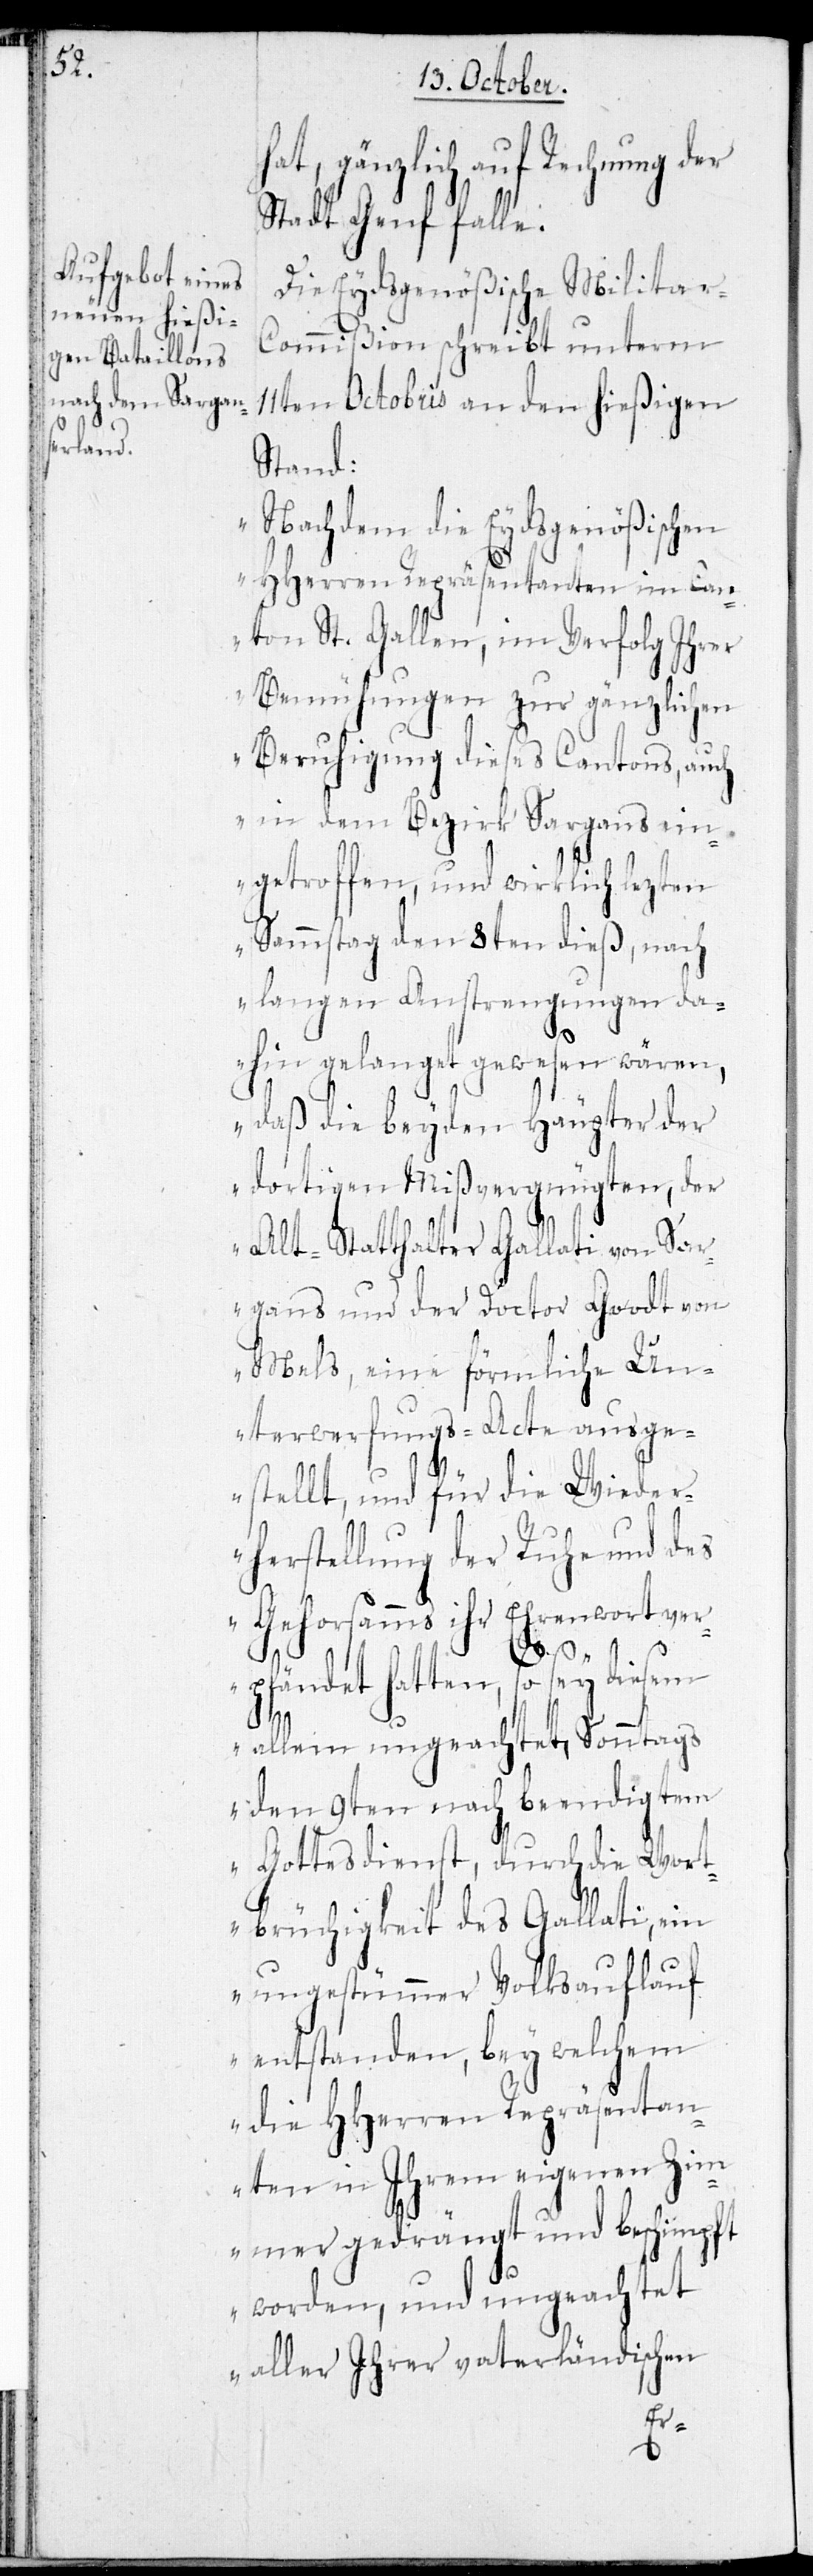
hat, gänzlich auf Rechnung der
Stadt Genf falle.
Die Eydsgenößische Militar-C¬
ommißion schreibt unterm
11ten Octobris an den hießigen
Stand:
„Nachdem die Eydsgenößischen
HHerren Repräsentanten im Can¬
ton St. Gallen, im Verfolg Ihrer
Bemühungen zur gänzlichen
Beruhigung dieses Cantons, auch
in dem Bezirk Sargans ein¬
getroffen, und wirklich lezten
Sammstag den 8ten dieß, nach
langen Anstrengungen da¬
hin gelanget gewesen wären,
daß die beyden Häupter der
dortigen Mißvergnügten, der
Alt-Statthalter Gallati von Sar¬
gans und der Doctor Goodt von
Mels, eine förmliche Un¬
terwerfungs-Acte ausge¬
stellt, und für die Wieder¬
herstellung der Ruhe und des
Gehorsamms ihr Ehrenwort ver¬
pfändet hatten, so sey diesem
allem ungeachtet, Sonntags
den 9ten nach beendigtem
Gottesdienst, durch die Wort¬
brüchigkeit des Gallati, ein
ungestümmer Volksauflauf
entstanden, bey welchem
die HHerren Repräsentan¬
ten in Ihrem eigenen Zim¬
mer gedrängt und beschimpft
worden, und ungeachtet
aller ihrer vaterländischen